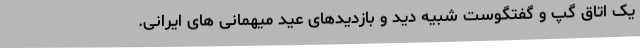
یک اتاق گپ و گفتگوست شبیه دید و بازدیدهای عید میهمانی های ایرانی.